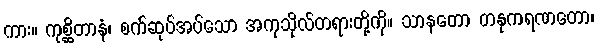
ကား။ ကုစ္ဆိတာနံ၊ စက်ဆုပ်အပ်သော အကုသိုလ်တရားတို့ကို။ သာနတော တနုကရဏတော၊